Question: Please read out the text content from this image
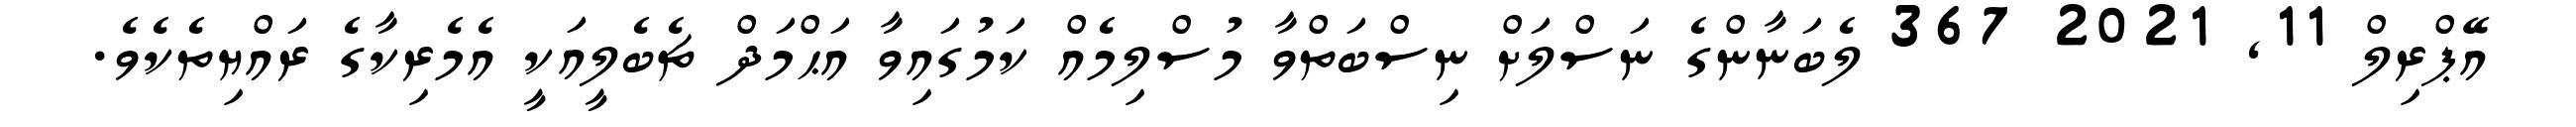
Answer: އޭޕްރިލް 11, 2021 367 ލެބަނާންގެ ނަސްލަށް ނިސްބަތްވާ މުސްލިމެއް ކަމުގައިވާ އަޙްމަދް ޗެބެލީއަކީ އެމެރިކާގެ ރައްޔިތެކެވެ.